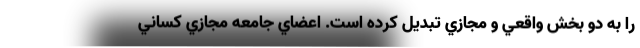
را به دو بخش واقعي و مجازي تبديل كرده است. اعضاي جامعه مجازي كساني